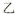
乙